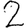
Digit: 2